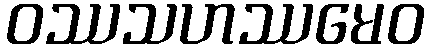
ဝဿသဟဿမေဝ